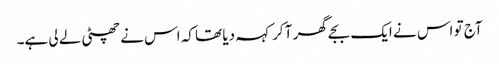
آج تو اس نے ایک بجے گھر آ کر کہہ دیا تھا کہ اس نے چھٹی لے لی ہے۔